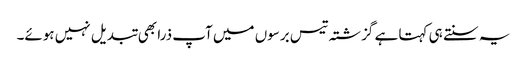
یہ سنتے ہی کہتا ہے گزشتہ تیس برسوں میں آپ ذرا بھی تبدیل نہیں ہوئے۔